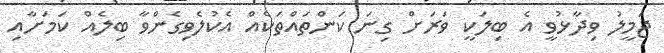
ޖަމީލު ވިދާޅުވީ އެ ބިލަކީ ވަރަށް ގިނަ ކަންތައްތަކެއް އެކުލެވިގެންވާ ބިލެއް ކަމަށާއި